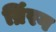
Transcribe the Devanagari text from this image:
ब्रिंरग